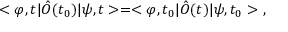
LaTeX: < \varphi , t | \hat { \cal O } ( t _ { 0 } ) | \psi , t > = < \varphi , t _ { 0 } | \hat { \cal O } ( t ) | \psi , t _ { 0 } > \ ,